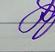
Signature authenticity: genuine